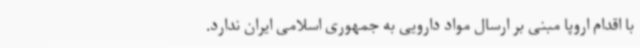
با اقدام اروپا مبنی بر ارسال مواد دارویی به جمهوری اسلامی ایران ندارد.